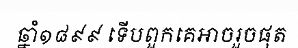
ឆ្នាំ១៨៩៩ ទើបពួកគេអាចរួចផុត